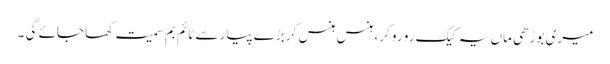
میری بوڑھی ماں یہ کیک رو رو کر، ہنس ہنس کر بڑے پیار سے ٹائم بم سمیت کھا جائے گی ۔